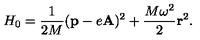
H _ { 0 } = \frac { 1 } { 2 M } ( { \bf p } - e { \bf A } ) ^ { 2 } + \frac { M \omega ^ { 2 } } { 2 } { \bf r } ^ { 2 } .